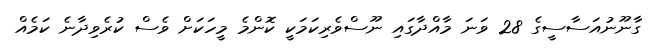
ގާނޫނުއަސާސީގެ 28 ވަނަ މާއްދާގައި ނޫސްވެރިކަމަކީ ކޮންމެ މީހަކަށް ވެސް ކުރެވިދާނެ ކަމެއް